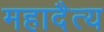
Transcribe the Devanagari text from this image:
महादैत्य